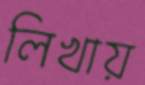
লিখায়